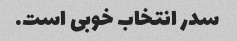
سدر انتخاب خوبی است.